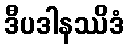
ဒီပဒါနဿိဒံ